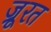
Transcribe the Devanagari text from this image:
ज्रूरत